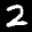
Label: 2